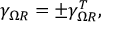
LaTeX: \gamma _ { \Omega R } = \pm \gamma _ { \Omega R } ^ { T } ,